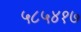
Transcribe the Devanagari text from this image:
५८५४१७